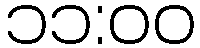
၁၁:၀၀